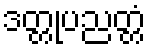
ဒတ္တုပညတ္တံ